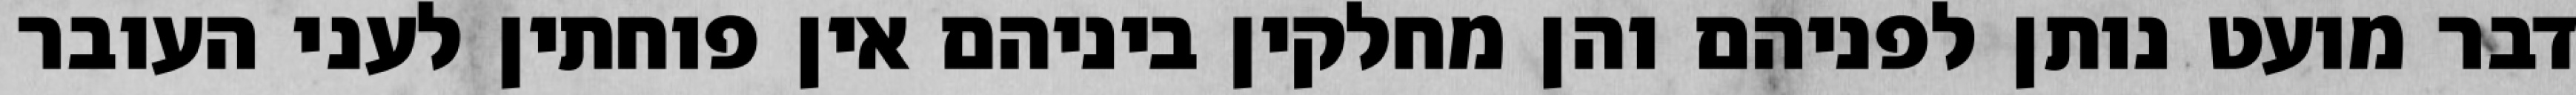
דבר מועט נותן לפניהם והן מחלקין ביניהם אין פוחתין לעני העובר